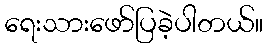
ရေးသားဖော်ပြခဲ့ပါတယ်။